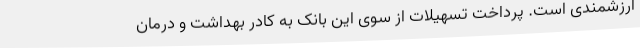
ارزشمندی است. پرداخت تسهیلات از سوی این بانک به کادر بهداشت و درمان